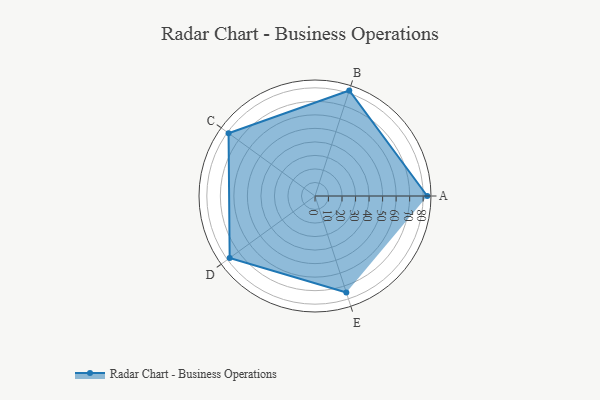
{"axis": {"x": "Skill", "y": "Score"}, "legend": ["Profile"], "data": [{"x": "A", "y": 83.0, "type": "Profile"}, {"x": "B", "y": 82.0, "type": "Profile"}, {"x": "C", "y": 79.0, "type": "Profile"}, {"x": "D", "y": 78.0, "type": "Profile"}, {"x": "E", "y": 75.0, "type": "Profile"}]}